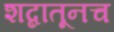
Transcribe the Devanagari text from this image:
शब्दातूनच